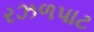
રઝળપાટ